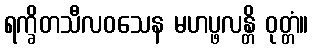
ရက္ခိတသီလဝသေန မဟပ္ဖလန္တိ ဝုတ္တံ။